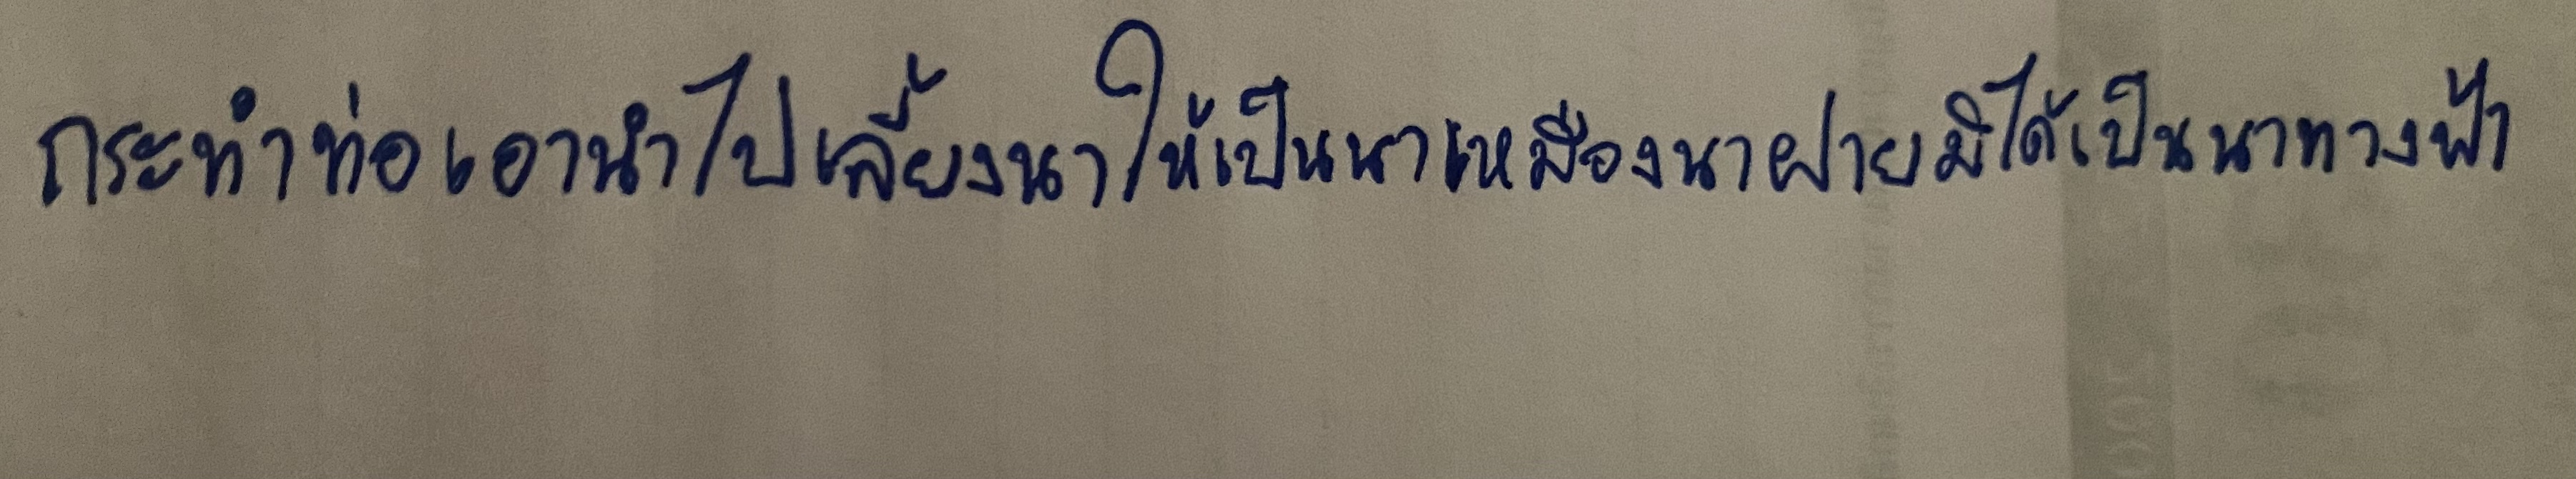
กระทำท่อเอาน้ำไปเลี้ยงนาให้เป็นนาเหมืองนาฝายมิได้เป็นนาทางฟ้า